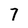
Character: 7